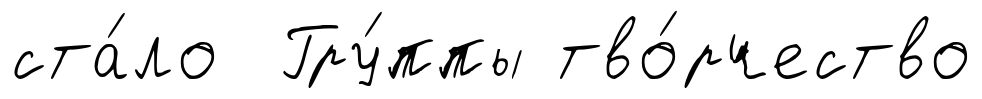
ста́ло Гру́ппы тво́рчество